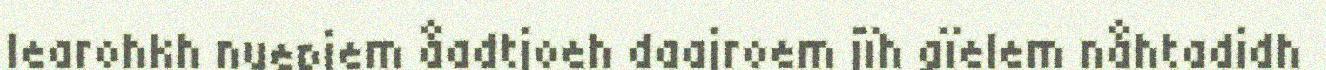
learohkh nuepiem åadtjoeh daajroem jïh gïelem nåhtadidh